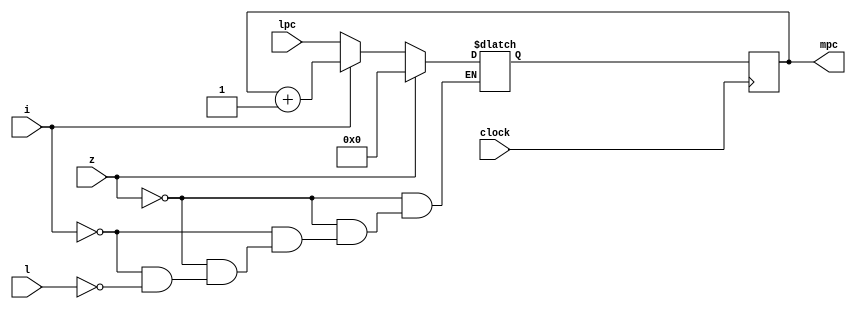
`timescale 1ns / 1ps
//-------------------------------------------------------
// Title        : Micro PC.
// Library      : nanoLADA - microsequencer
// Purpose      : Computer Architecture, Design and Verfication
// Developers   : Krerk Piromsopa, Ph. D.
//              : Chulalongkorn University.
module micropc(mpc,lpc,z,i,l,clock);
output reg	[3:0] mpc;
input		[3:0] lpc;
input	z;
input	i;
input 	l;
input	clock;

reg [3:0] mpc_new;

always @(posedge clock)
begin
	mpc=mpc_new;
end

always @(z or i or l)
begin
	if (z==1)
		mpc_new=4'b0000;
	else if (i==1)
		mpc_new=mpc+1;
	else if (l==1)
		mpc_new=lpc;
end

endmodule